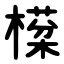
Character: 㯣